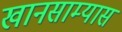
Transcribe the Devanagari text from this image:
खानसाम्यास